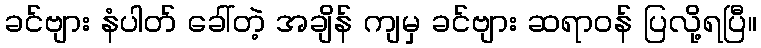
ခင်ဗျား နံပါတ် ခေါ်တဲ့ အချိန် ကျမှ ခင်ဗျား ဆရာဝန် ပြလို့ရပြီ။